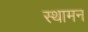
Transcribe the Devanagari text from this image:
स्थामन